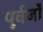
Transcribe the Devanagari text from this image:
पूर्वर्जों